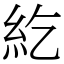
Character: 紇